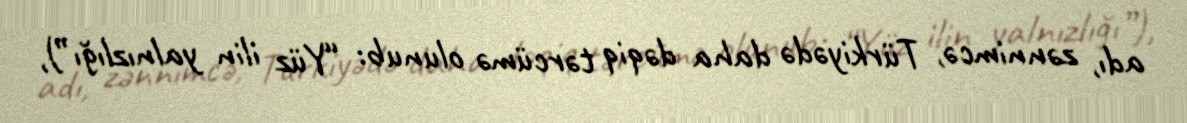
adı, zənnimcə, Türkiyədə daha dəqiq tərcümə olunub: “Yüz ilin yalnızlığı”),